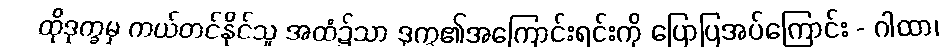
ထိုဒုက္ခမှ ကယ်တင်နိုင်သူ အထံ၌သာ ဒုက္ခ၏အကြောင်းရင်းကို ပြောပြအပ်ကြောင်း - ဂါထာ၊